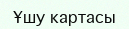
Ұшу картасы